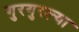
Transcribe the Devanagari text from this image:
गुरगुरल्या